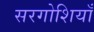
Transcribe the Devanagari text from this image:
सरगोशियाँ